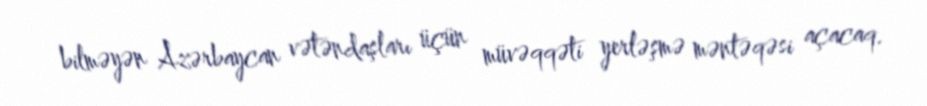
bilməyən Azərbaycan vətəndaşları üçün müvəqqəti yerləşmə məntəqəsi açacaq.